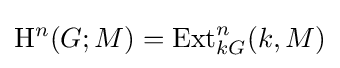
\mathrm {H} ^{n}(G;M)=\mathrm {Ext} _{kG}^{n}(k,M)